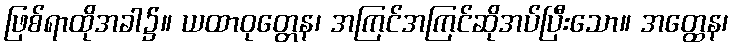
ဖြစ်ရာထိုအခါ၌။ ယထာဝုတ္တေန၊ အကြင်အကြင်ဆိုအပ်ပြီးသော။ အတ္ထေန၊